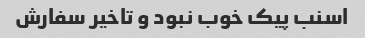
اسنب پیک خوب نبود و تاخیر سفارش